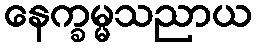
နေက္ခမ္မသညာယ